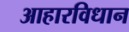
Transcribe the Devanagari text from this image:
आहारविधान